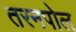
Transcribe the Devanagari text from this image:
तरनपोल